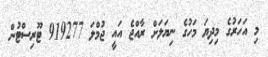
މި އަހަރުގެ މިދިޔަ މަހުގެ ނިޔަލަށް ރާއްޖެ އައީ ޖުމްލަ 919277 ޓޫރިސްޓުން